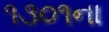
૧૩૦૧ના